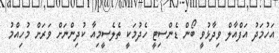
އަހުމަދު އަފްއާލް ވިދާޅުވީ ބޯން ޑެންސިޓީ ހެދުމަކީ ތެލެސީމިއާ ކުދިންނަށް ވަރަށް މުހިއްމު